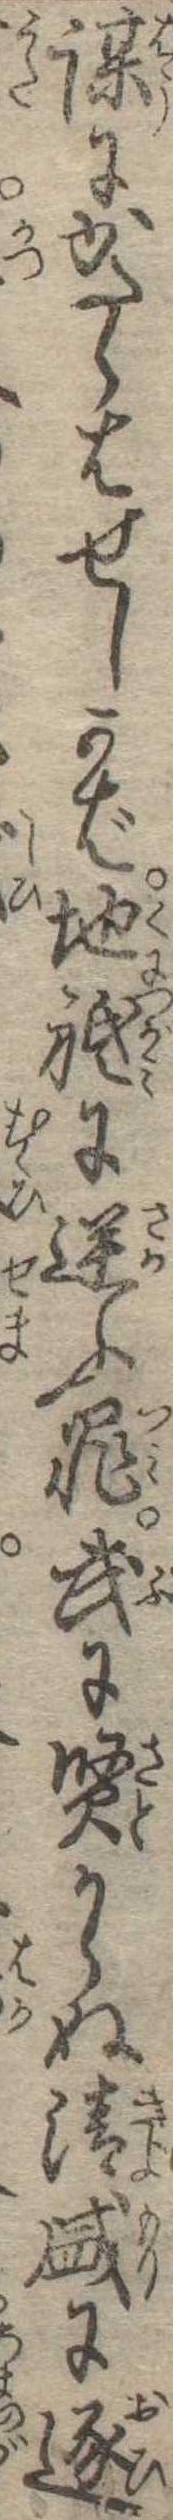
謀にかたらはせしかば地祗に逆ふ罪武に賢からぬ清盛に逐